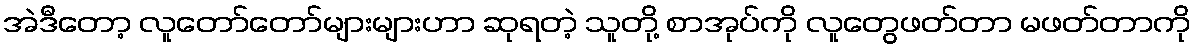
အဲဒီတော့ လူတော်တော်များများဟာ ဆုရတဲ့ သူတို့ စာအုပ်ကို လူတွေဖတ်တာ မဖတ်တာကို